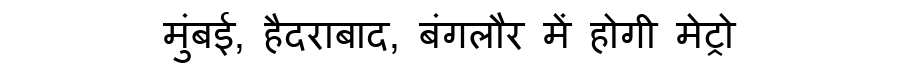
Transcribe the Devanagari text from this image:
मुंबई, हैदराबाद, बंगलौर में होगी मेट्रो